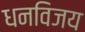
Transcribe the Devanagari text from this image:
धनविजय